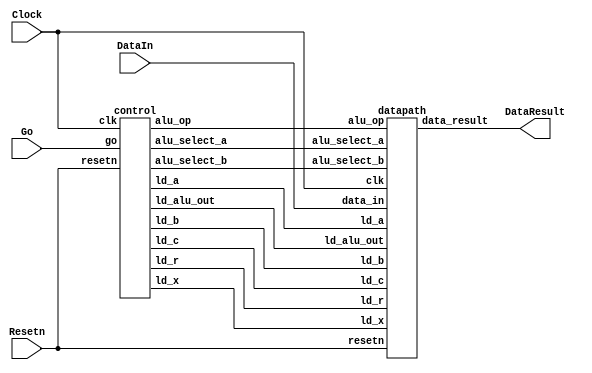
// DataIn - input data port
// Resetn - synchronous reset
// Go signal starts things
// DataResult - register at output of ALU

module part2(Clock, Resetn, Go, DataIn, DataResult);
    input Clock;
    input Resetn;
    input Go;
    input [7:0] DataIn;
    output [7:0] DataResult;

    // lots of wires to connect our datapath and control
    wire ld_a, ld_b, ld_c, ld_x, ld_r;
    wire ld_alu_out;
    wire [1:0]  alu_select_a, alu_select_b;
    wire alu_op;

    control C0(
        .clk(Clock),
        .resetn(Resetn),
        
        .go(Go),
        
        .ld_alu_out(ld_alu_out), 
        .ld_x(ld_x),
        .ld_a(ld_a),
        .ld_b(ld_b),
        .ld_c(ld_c), 
        .ld_r(ld_r), 
        
        .alu_select_a(alu_select_a),
        .alu_select_b(alu_select_b),
        .alu_op(alu_op)
    );

    datapath D0(
        .clk(Clock),
        .resetn(Resetn),

        .ld_alu_out(ld_alu_out), 
        .ld_x(ld_x),
        .ld_a(ld_a),
        .ld_b(ld_b),
        .ld_c(ld_c), 
        .ld_r(ld_r), 

        .alu_select_a(alu_select_a),
        .alu_select_b(alu_select_b),
        .alu_op(alu_op),

        .data_in(DataIn),
        .data_result(DataResult)
    );
                
 endmodule             
                

module control(
    input clk,
    input resetn,
    input go,

    output reg  ld_a, ld_b, ld_c, ld_x, ld_r,
    output reg  ld_alu_out,
    output reg [1:0]  alu_select_a, alu_select_b,
    output reg alu_op
    );

    reg [5:0] current_state, next_state; 
    
    localparam  S_LOAD_A        = 5'd0,
                S_LOAD_A_WAIT   = 5'd1,
                S_LOAD_B        = 5'd2,
                S_LOAD_B_WAIT   = 5'd3,
                S_LOAD_C        = 5'd4,
                S_LOAD_C_WAIT   = 5'd5,
                S_LOAD_X        = 5'd6,
                S_LOAD_X_WAIT   = 5'd7,
                S_CYCLE_1       = 5'd8,
                S_CYCLE_2       = 5'd9,
                S_CYCLE_3       = 5'd10,
                S_CYCLE_4       = 5'd11,
                S_CYCLE_5       = 5'd12;
                
    //The approach is to determine the order of computation such that we can create an FSM and choose appropriate states
    //1. A*x -> regA
    //2. Ax * x -> regA
    //3. B*x -> regB
    //4. Bx + C -> regB
    //5. Ax^2 + Bx + C -> R
    //Therefore 5 total cycles

    // Next state logic aka our state table
    always@(*)
    begin: state_table 
            case (current_state)
                S_LOAD_A: next_state = go ? S_LOAD_A_WAIT : S_LOAD_A; // Loop in current state until value is input
                S_LOAD_A_WAIT: next_state = go ? S_LOAD_A_WAIT : S_LOAD_B; // Loop in current state until go signal goes low
                S_LOAD_B: next_state = go ? S_LOAD_B_WAIT : S_LOAD_B; // Loop in current state until value is input
                S_LOAD_B_WAIT: next_state = go ? S_LOAD_B_WAIT : S_LOAD_C; // Loop in current state until go signal goes low
                S_LOAD_C: next_state = go ? S_LOAD_C_WAIT : S_LOAD_C; // Loop in current state until value is input
                S_LOAD_C_WAIT: next_state = go ? S_LOAD_C_WAIT : S_LOAD_X; // Loop in current state until go signal goes low
                S_LOAD_X: next_state = go ? S_LOAD_X_WAIT : S_LOAD_X; // Loop in current state until value is input
                S_LOAD_X_WAIT: next_state = go ? S_LOAD_X_WAIT : S_CYCLE_1; // Loop in current state until go signal goes low

                //After loading each value, we first compute A*x
                S_CYCLE_1: next_state = S_CYCLE_2;  //From the outline, "Computation will start after Go is set and released
                                                    //for loading Rx"
                S_CYCLE_2: next_state = S_CYCLE_3;
                S_CYCLE_3: next_state = S_CYCLE_4;
                S_CYCLE_4: next_state = S_CYCLE_5;
                S_CYCLE_5: next_state = S_LOAD_A;
            default: next_state = S_LOAD_A;
        endcase
    end // state_table
   

    // Output logic aka all of our datapath control signals
    always @(*)
    begin: enable_signals
        // By default make all our signals 0
        ld_alu_out = 1'b0;
        ld_a = 1'b0;
        ld_b = 1'b0;
        ld_c = 1'b0;
        ld_x = 1'b0;
        ld_r = 1'b0;
        alu_select_a = 2'b0;
        alu_select_b = 2'b0;
        alu_op       = 1'b0;

        case (current_state)
            S_LOAD_A: begin
                ld_a = 1'b1;
                end
            S_LOAD_B: begin
                ld_b = 1'b1;
                end
            S_LOAD_C: begin
                ld_c = 1'b1;
                end
            S_LOAD_X: begin
                ld_x = 1'b1;
                end
            S_CYCLE_1: begin // Do A <- A * x 
                ld_alu_out = 1'b1; ld_a = 1'b1; // store result in A
                alu_select_a = 2'b00; // Select register A
                alu_select_b = 2'b11; // Select register x
                alu_op = 1'b1; // multiply
            end
            S_CYCLE_2: begin // Do A <- Ax * x
                ld_alu_out = 1'b1; ld_a = 1'b1; // store result in A
                alu_select_a = 2'b00; // Select register A
                alu_select_b = 2'b11; // Select register x
                alu_op = 1'b1; // multiply
            end
            S_CYCLE_3: begin // Do B <- B * x
                ld_alu_out = 1'b1; ld_b = 1'b1; // store result in B
                alu_select_a = 2'b01; // Select register B
                alu_select_b = 2'b11; // Select register x
                alu_op = 1'b1; // multiply
            end
            S_CYCLE_4: begin // Do B <- Bx + C
                ld_alu_out = 1'b1; ld_b = 1'b1; // store result in B
                alu_select_a = 2'b01; // Select register B
                alu_select_b = 2'b10; // Select register C
                alu_op = 1'b0; // add
            end
            S_CYCLE_5: begin // Do r = Ax^2 + Bx + C
                ld_r = 1'b1; // store result in r
                alu_select_a = 2'b00; // Select register A
                alu_select_b = 2'b01; // Select register B
                alu_op = 1'b0; // add
            end
        // default:    // don't need default since we already made sure all of our outputs were assigned a value at the start of the always block
        endcase
    end // enable_signals
   
    // current_state registers
    always@(posedge clk)
    begin: state_FFs
        if(!resetn)
            current_state <= S_LOAD_A;
        else
            current_state <= next_state;
    end // state_FFS
endmodule

module datapath(
    input clk,
    input resetn,
    input [7:0] data_in,
    input ld_alu_out, 
    input ld_x, ld_a, ld_b, ld_c,
    input ld_r,
    input alu_op, 
    input [1:0] alu_select_a, alu_select_b,
    output reg [7:0] data_result
    );
    
    // input registers
    reg [7:0] a, b, c, x;

    // output of the alu
    reg [7:0] alu_out;
    // alu input muxes
    reg [7:0] alu_a, alu_b;
    
    // Registers a, b, c, x with respective input logic
    always@(posedge clk) begin
        if(!resetn) begin   //synchronous active low reset
            a <= 8'b0; 
            b <= 8'b0; 
            c <= 8'b0; 
            x <= 8'b0; 
        end
        else begin
            if(ld_a)
                a <= ld_alu_out ? alu_out : data_in; // load alu_out if load_alu_out signal is high, otherwise load from data_in
            if(ld_b)
                b <= ld_alu_out ? alu_out : data_in; // load alu_out if load_alu_out signal is high, otherwise load from data_in
            if(ld_x)
                x <= data_in;
            if(ld_c)
                c <= data_in;
        end
    end
 
    // Output result register
    always@(posedge clk) begin
        if(!resetn) begin
            data_result <= 8'b0; 
        end
        else 
            if(ld_r)
                data_result <= alu_out;
    end

    // The ALU input multiplexers
    always @(*)
    begin
        case (alu_select_a)
            2'd0:
                alu_a = a;
            2'd1:
                alu_a = b;
            2'd2:
                alu_a = c;
            2'd3:
                alu_a = x;
            default: alu_a = 8'b0;
        endcase

        case (alu_select_b)
            2'd0:
                alu_b = a;
            2'd1:
                alu_b = b;
            2'd2:
                alu_b = c;
            2'd3:
                alu_b = x;
            default: alu_b = 8'b0;
        endcase
    end

    // The ALU 
    always @(*)
    begin : ALU
        // alu
        case (alu_op)
            0: begin
                   alu_out = alu_a + alu_b; //performs addition
               end
            1: begin
                   alu_out = alu_a * alu_b; //performs multiplication
               end
            default: alu_out = 8'b0;
        endcase
    end
    
endmodule